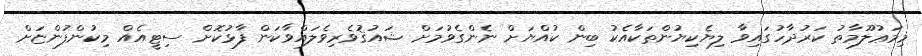
މިމަޢުލޫމާތު ކަރުދާހުގައިވާ ލިޔެކިޔުންތަކާއެކު ބިން ކުއްޔަށް ނެންގެވުމަށް ޝައުޤުވެރިވެލައްވާކަން ފާޅުކޮށް ސިޓީއެއް މިކުންފުންޏަށް